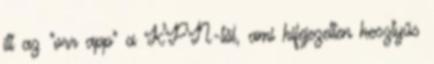
itt az "orr app" a KPN-től, ami kifejezetten kesztyűs